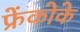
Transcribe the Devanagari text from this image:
फ्रेंकोके